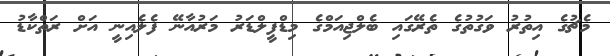
މެޗުގެ އިތުރު ވަގުތުގެ ތެރޭގައި ބެލްޖިއަމްގެ މިޑްފީލްޑަރު މަރުއާނޭ ފެލެއިނީ އަށް ރަތްކާޑު